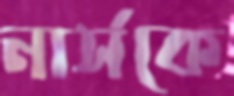
নার্সকে